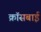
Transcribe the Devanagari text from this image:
क्रॉसबाई